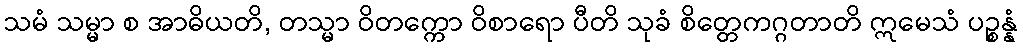
သမံ သမ္မာ စ အာဓိယတိ, တသ္မာ ဝိတက္ကော ဝိစာရော ပီတိ သုခံ စိတ္တေကဂ္ဂတာတိ ဣမေသံ ပဉ္စန္နံ